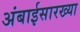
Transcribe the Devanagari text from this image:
अंबाईसारख्या